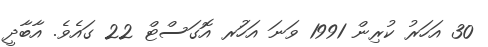
30 އަހަރު ކުރިން 1991 ވަނަ އަހަުރ އޮގަސްޓް 22 ގައެވެ. އާބާދީ